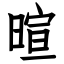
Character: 暄